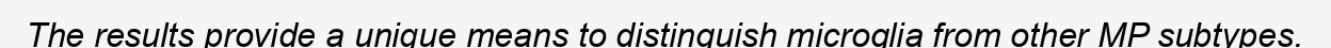
The results provide a unique means to distinguish microglia from other MP subtypes.